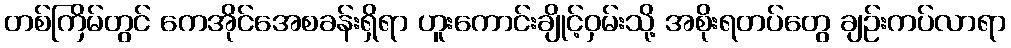
တစ်ကြိမ်တွင် ကေအိုင်အေစခန်းရှိရာ ဟူးကောင်းချိုင့်ဝှမ်းသို့ အစိုးရတပ်တွေ ချဉ်းကပ်လာရာ